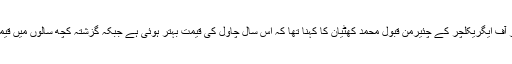
سندھ چیمبر آف ایگریکلچر کے چئیرمن قبول محمد کھٹیان کا کہنا تھا کہ اس سال چاول کی قیمت بہتر ہوئی ہے جبکہ گزشتہ کچھ سالوں میں قیمت کم تھی۔